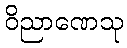
ဝိညာဏေသု